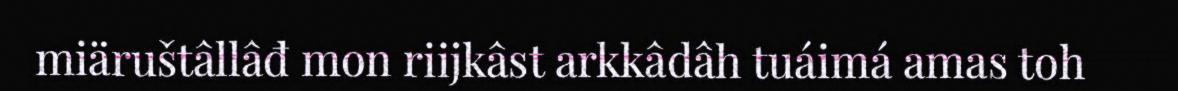
miäruštâllâđ mon riijkâst arkkâdâh tuáimá amas toh